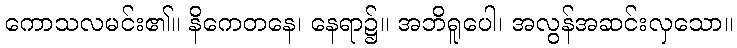
ကောသလမင်း၏။ နိကေတနေ၊ နေရာ၌။ အဘိရူပေါ၊ အလွန်အဆင်းလှသော။